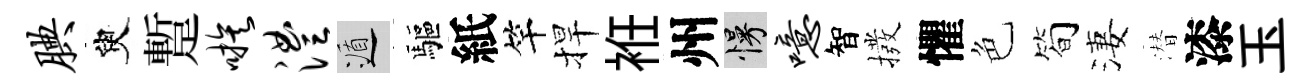
腆臾蹔嗾澧遁驅紙竿捍袵州慢噫智撥懼色简淒潜漆玉